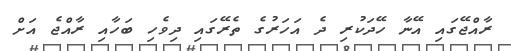
ރާއްޖޭގައި އޭނާ ހޭދަކުރި ދެ އަހަރުގެ ތެރޭގައި ދިވެހި ބަހާއި ރާއްޖެ އަށް